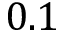
0 . 1